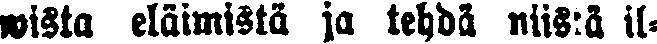
wista eläimistä ja tehdä niistä il-